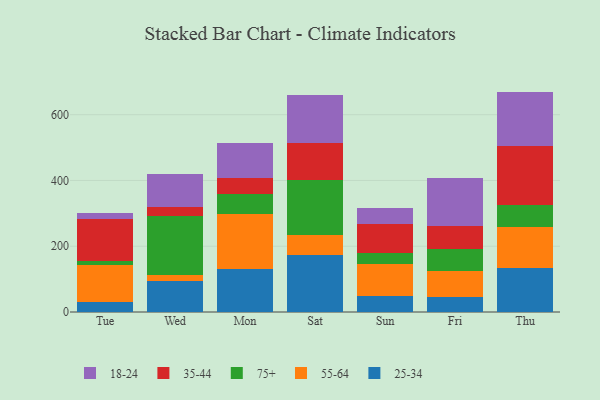
{"axis": {"x": "Day", "y": "Backlog"}, "legend": ["18-24", "25-34", "35-44", "55-64", "75+"], "data": [{"x": "Tue", "y": 29.3, "type": "25-34"}, {"x": "Tue", "y": 114.4, "type": "55-64"}, {"x": "Tue", "y": 11.7, "type": "75+"}, {"x": "Tue", "y": 128.8, "type": "35-44"}, {"x": "Tue", "y": 16.0, "type": "18-24"}, {"x": "Wed", "y": 95.3, "type": "25-34"}, {"x": "Wed", "y": 18.0, "type": "55-64"}, {"x": "Wed", "y": 179.6, "type": "75+"}, {"x": "Wed", "y": 27.7, "type": "35-44"}, {"x": "Wed", "y": 98.8, "type": "18-24"}, {"x": "Mon", "y": 130.6, "type": "25-34"}, {"x": "Mon", "y": 167.8, "type": "55-64"}, {"x": "Mon", "y": 60.2, "type": "75+"}, {"x": "Mon", "y": 49.3, "type": "35-44"}, {"x": "Mon", "y": 105.7, "type": "18-24"}, {"x": "Sat", "y": 173.4, "type": "25-34"}, {"x": "Sat", "y": 61.5, "type": "55-64"}, {"x": "Sat", "y": 166.5, "type": "75+"}, {"x": "Sat", "y": 112.7, "type": "35-44"}, {"x": "Sat", "y": 145.1, "type": "18-24"}, {"x": "Sun", "y": 49.8, "type": "25-34"}, {"x": "Sun", "y": 95.5, "type": "55-64"}, {"x": "Sun", "y": 32.9, "type": "75+"}, {"x": "Sun", "y": 90.1, "type": "35-44"}, {"x": "Sun", "y": 47.1, "type": "18-24"}, {"x": "Fri", "y": 47.1, "type": "25-34"}, {"x": "Fri", "y": 78.4, "type": "55-64"}, {"x": "Fri", "y": 65.6, "type": "75+"}, {"x": "Fri", "y": 71.1, "type": "35-44"}, {"x": "Fri", "y": 144.6, "type": "18-24"}, {"x": "Thu", "y": 133.4, "type": "25-34"}, {"x": "Thu", "y": 124.2, "type": "55-64"}, {"x": "Thu", "y": 69.3, "type": "75+"}, {"x": "Thu", "y": 178.8, "type": "35-44"}, {"x": "Thu", "y": 164.5, "type": "18-24"}]}